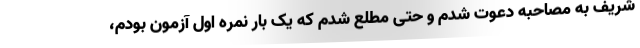
شریف به مصاحبه دعوت شدم و حتی مطلع شدم که یک بار نمره اول آزمون بودم،